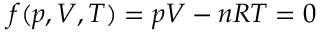
f ( p , V , T ) = p V - n R T = 0